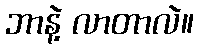
ဘာနဲ့ လာတာလဲ။